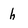
Character: h